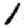
Digit: 1